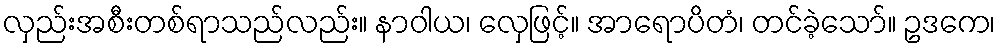
လှည်းအစီးတစ်ရာသည်လည်း။ နာဝါယ၊ လှေဖြင့်။ အာရောပိတံ၊ တင်ခဲ့သော်။ ဥဒကေ၊